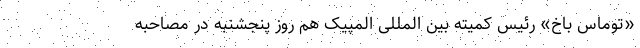
«توماس باخ» رئیس کمیته بین المللی المپیک هم روز پنجشنبه در مصاحبه